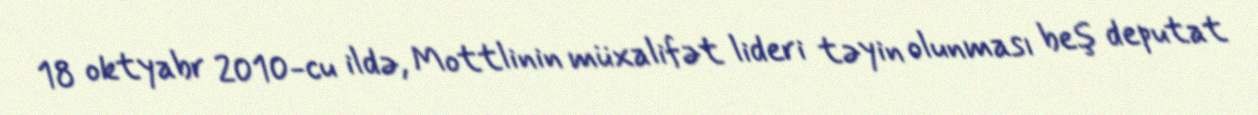
18 oktyabr 2010-cu ildə, Mottlinin müxalifət lideri təyin olunması beş deputat